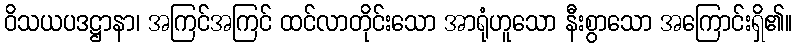
ဝိသယပဒဋ္ဌာနာ၊ အကြင်အကြင် ထင်လာတိုင်းသော အာရုံဟူသော နီးစွာသော အကြောင်းရှိ၏။